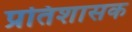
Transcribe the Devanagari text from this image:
प्रतिशासक